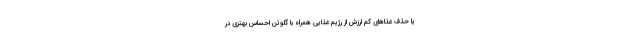
یا حذف غذاهای کم ارزش از رژیم غذایی همراه با گلوتن احساس بهتری در